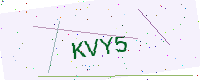
Text: KVY5